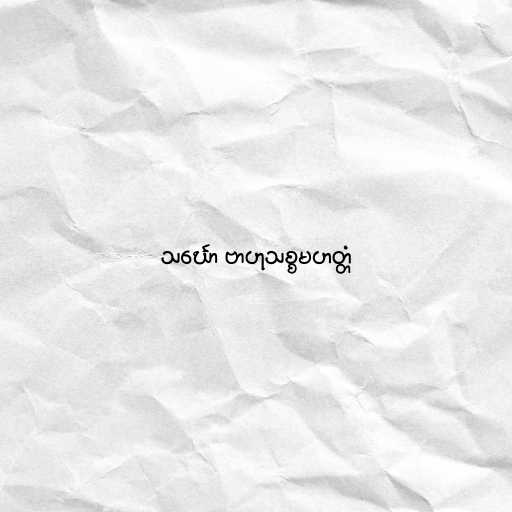
သင်္ဃော ဗာဟုသစ္စမဟတ္တံ